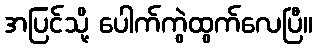
အပြင်သို့ ပေါက်ကွဲထွက်လေပြီ။